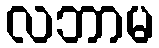
လဘာမ